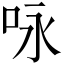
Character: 咏